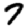
Digit: 7